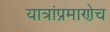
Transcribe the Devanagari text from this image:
यात्रांप्रमाणेच